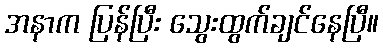
အနာက ပြန်ပြီး သွေးထွက်ချင်နေပြီ။